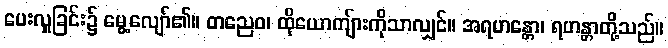
ပေးလှူခြင်း၌ မွေ့လျော်၏။ တညေဝ၊ ထိုယောကျ်ားကိုသာလျှင်။ အရဟန္တော၊ ရဟန္တာတို့သည်။